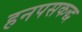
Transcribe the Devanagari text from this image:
हनपसकद्ध